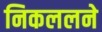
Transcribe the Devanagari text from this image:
निकललने